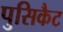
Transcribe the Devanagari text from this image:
पुसिकैट